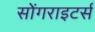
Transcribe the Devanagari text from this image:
सोंगराइटर्स